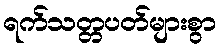
ရက်သတ္တပတ်များစွာ